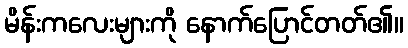
မိန်းကလေးများကို နောက်ပြောင်တတ်၏။